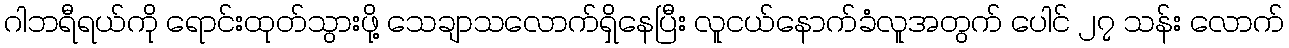
ဂါဘရီရယ်ကို ရောင်းထုတ်သွားဖို့ သေချာသလောက်ရှိနေပြီး လူငယ်နောက်ခံလူအတွက် ပေါင် ၂၇ သန်း လောက်